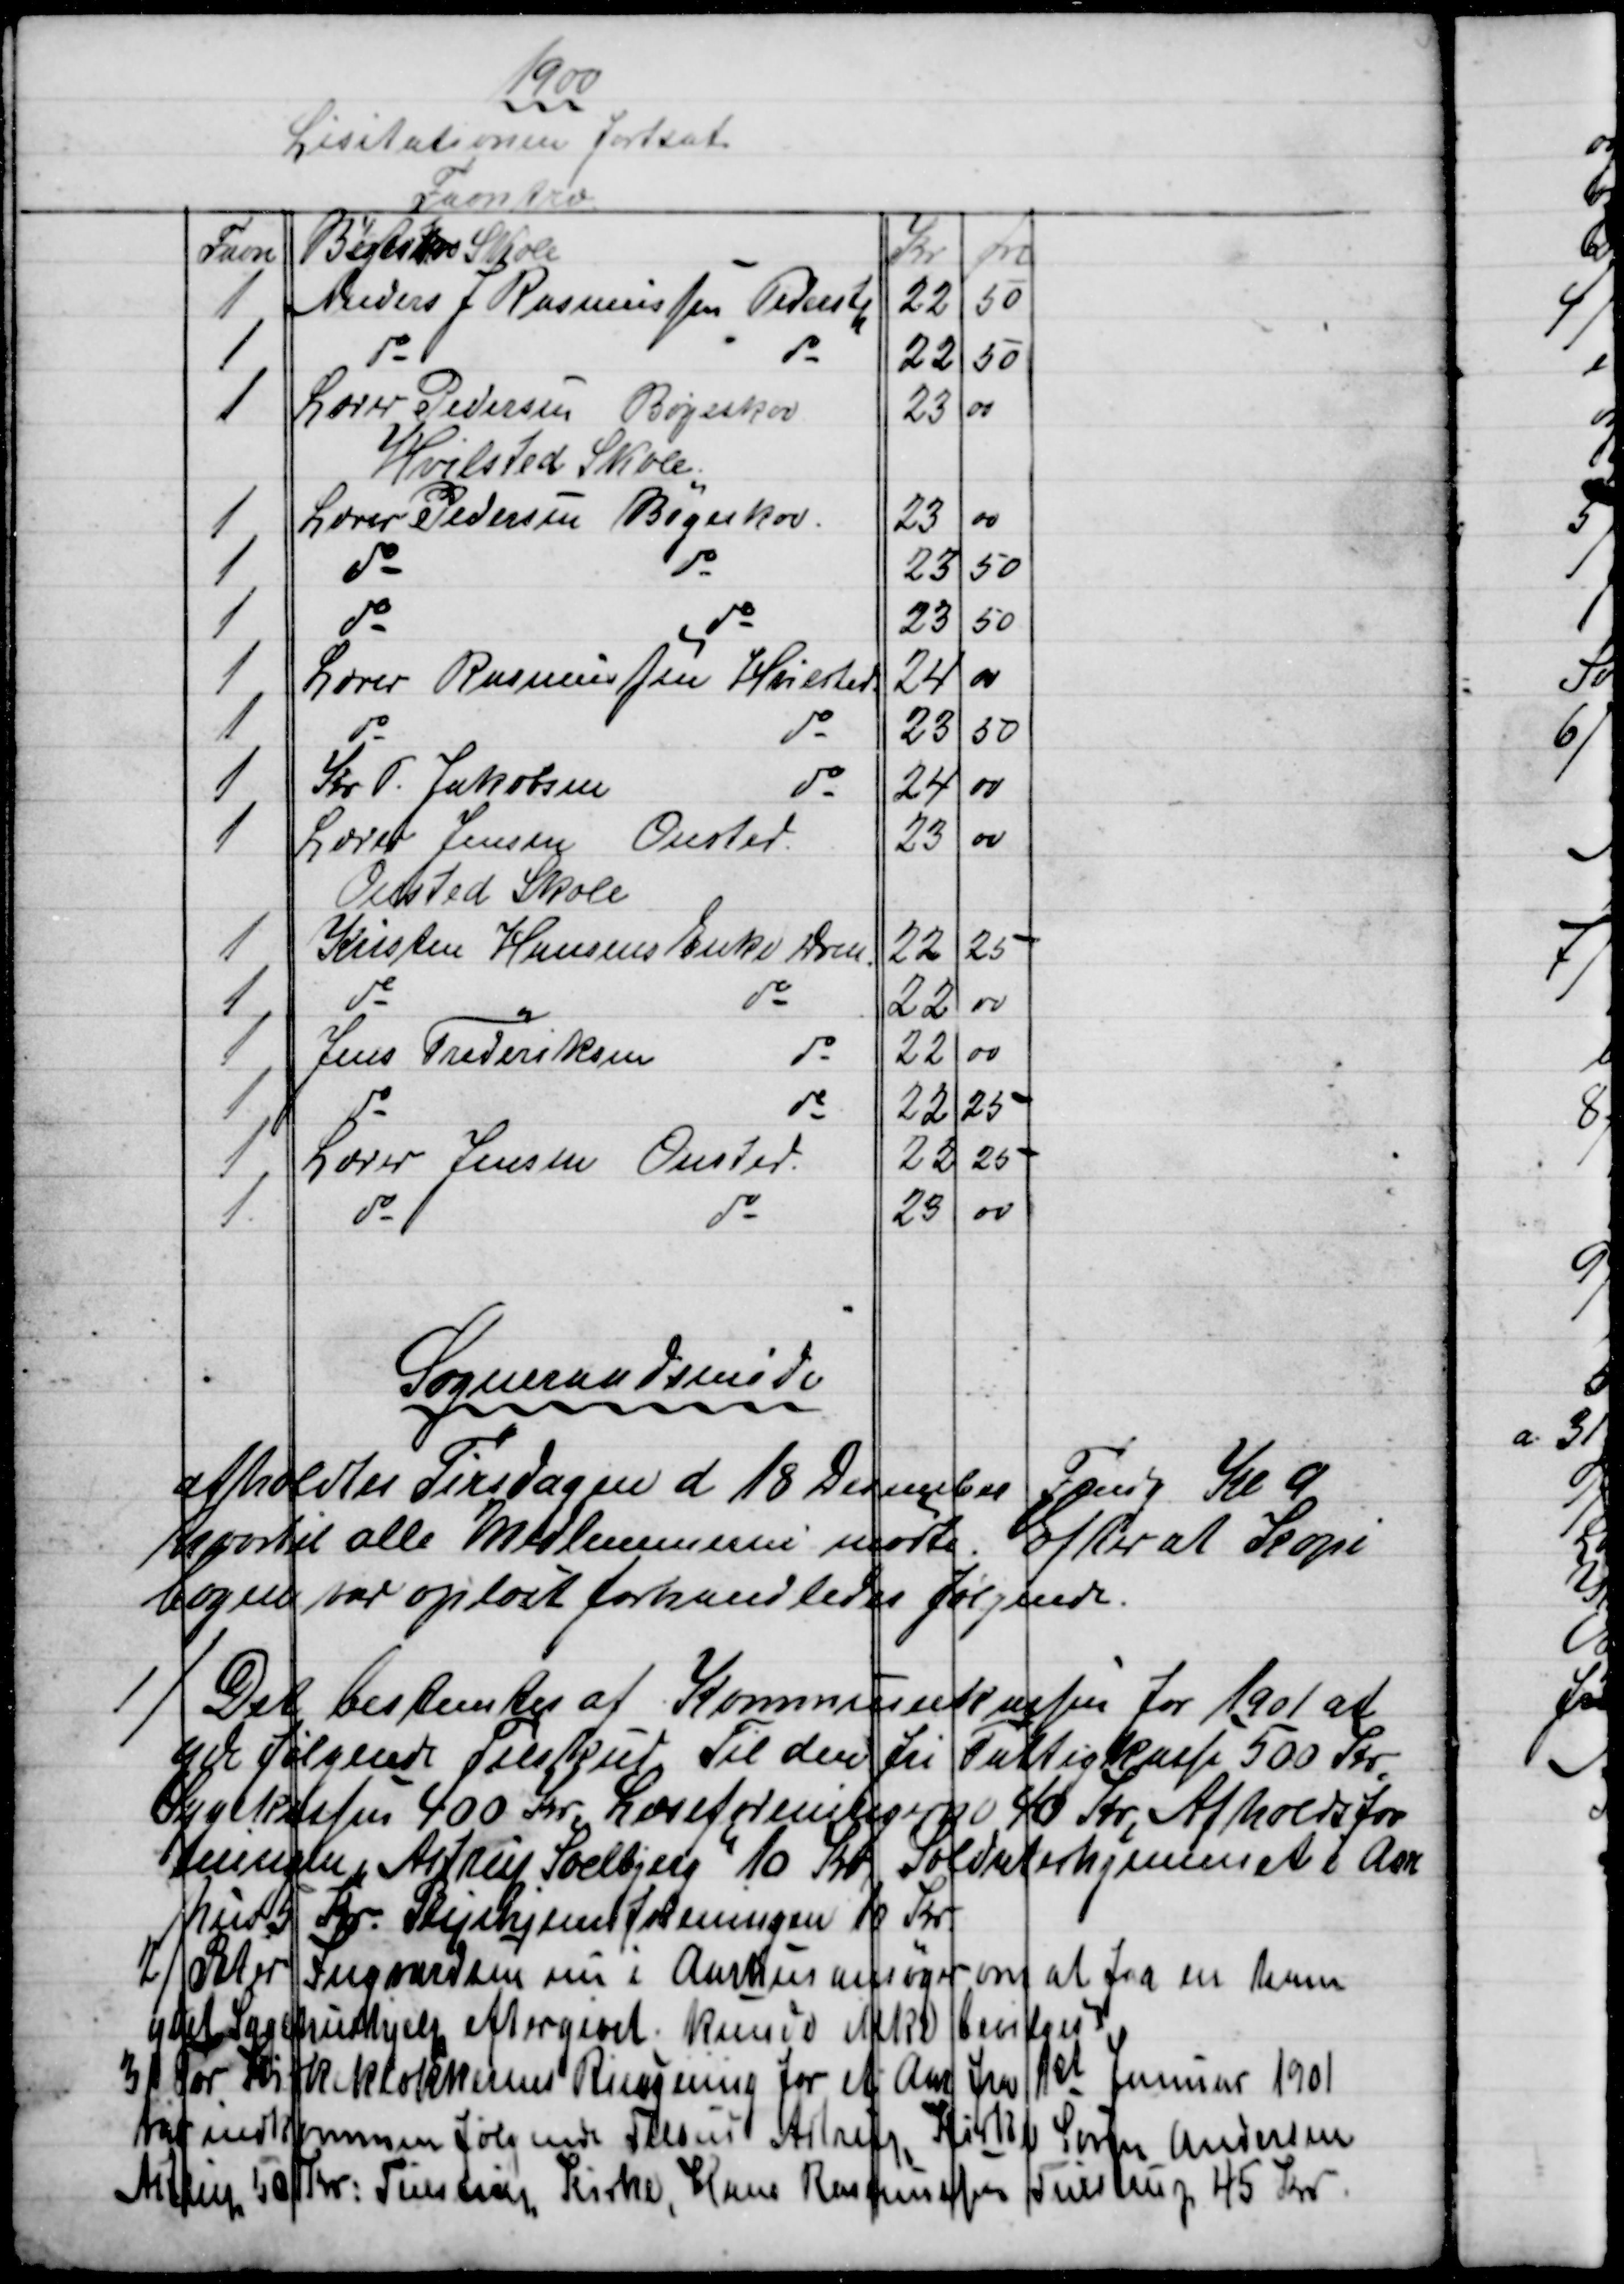
Transskription:
1900
Lisitationen Fortsat
Favntræ
Favn
Bøgeskov Skole
Kr
Øre
1
Anders J Rasmussen Pederstp
22
50
1
do
do
22
50
1 
Lærer Pedersen Bøgeskov
23
00
Hvilsted Skole
1
Lærer Pedersen Bøgeskov.
23
00
1
do
do
23
50
1
do
do
23
50
1
Lærer Rasmussen Hvilsted
24
00
1
do
do
23
50
1
Kr P. Jakobsen
do
24
00
1
Lærer Jensen Onsted.
23
00
Onsted Skole
1
Kristen Hansens Enke Drm
22
25
1
do
do
22
00
1
Jens Frederiksen
do
22
00
1
do
do
22
25
1
Lærer Jensen Onsted.
22
25
1
do
do
23
00
Sogneraadsmøde
afholdtes Tirsdagen d 18 Desember Fmdg Kl 9
hvortil alle Medlemmerne mødte. Efter at Kopi
bogen var oplæst forhandledes følgende.
1)
Det bestemtes af Kommunekassen for 1901 at
yde følgende Tilskud. Til den fri Fattigkasse 500 Kr,
Sygekassen 400 Kr, Læseforeningen 40 Kr, Afholdsfor
eningen Astrup Soelbjerg 10 Kr, Soldaterhjemmet i Aar
hus 5 Kr. Plejehjemsforeningen 10 Kr
2)
Peter Ingvardsen nu i Aarhus ansøger om at faa en ham
ydet Sygehushjelp eftergivet. kunde ikke bevilges
3)
For Kirkeklokkernes Ringning for et Aar fra 1st Januar 1901
var indkommen følgende Tilbud Astrup Kirke Søren Andersen
Astrup 50 Kr: Tulstrup Kirke, Hans Rasmussen Tulstrup 45 Kr.